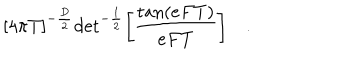
LaTeX: { \lbrack 4 \pi T \rbrack } ^ { - { \frac { D } { 2 } } } \mathrm { d e t } ^ { - { \frac { 1 } { 2 } } } \biggl [ { \frac { \mathrm { t a n } ( e F T ) } { e F T } } \biggr ] \quad . \,